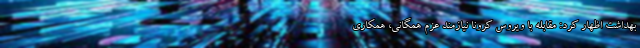
بهداشت اظهار کرد: مقابله با ویروس کرونا نیازمند عزم همگانی، همکاری